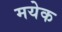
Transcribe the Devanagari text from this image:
मयेक